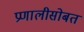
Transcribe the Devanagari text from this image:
प्रणालीसोबत